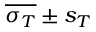
\overline { { \sigma _ { T } } } \pm s _ { T }